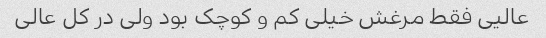
عالیی فقط مرغش خیلی کم و کوچک بود ولی در کل عالی